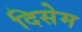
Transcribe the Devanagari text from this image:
दिसेम